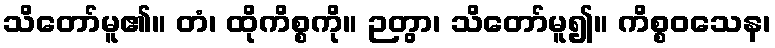
သိတော်မူ၏။ တံ၊ ထိုကိစ္စကို။ ဉတွာ၊ သိတော်မူ၍။ ကိစ္စဝသေန၊